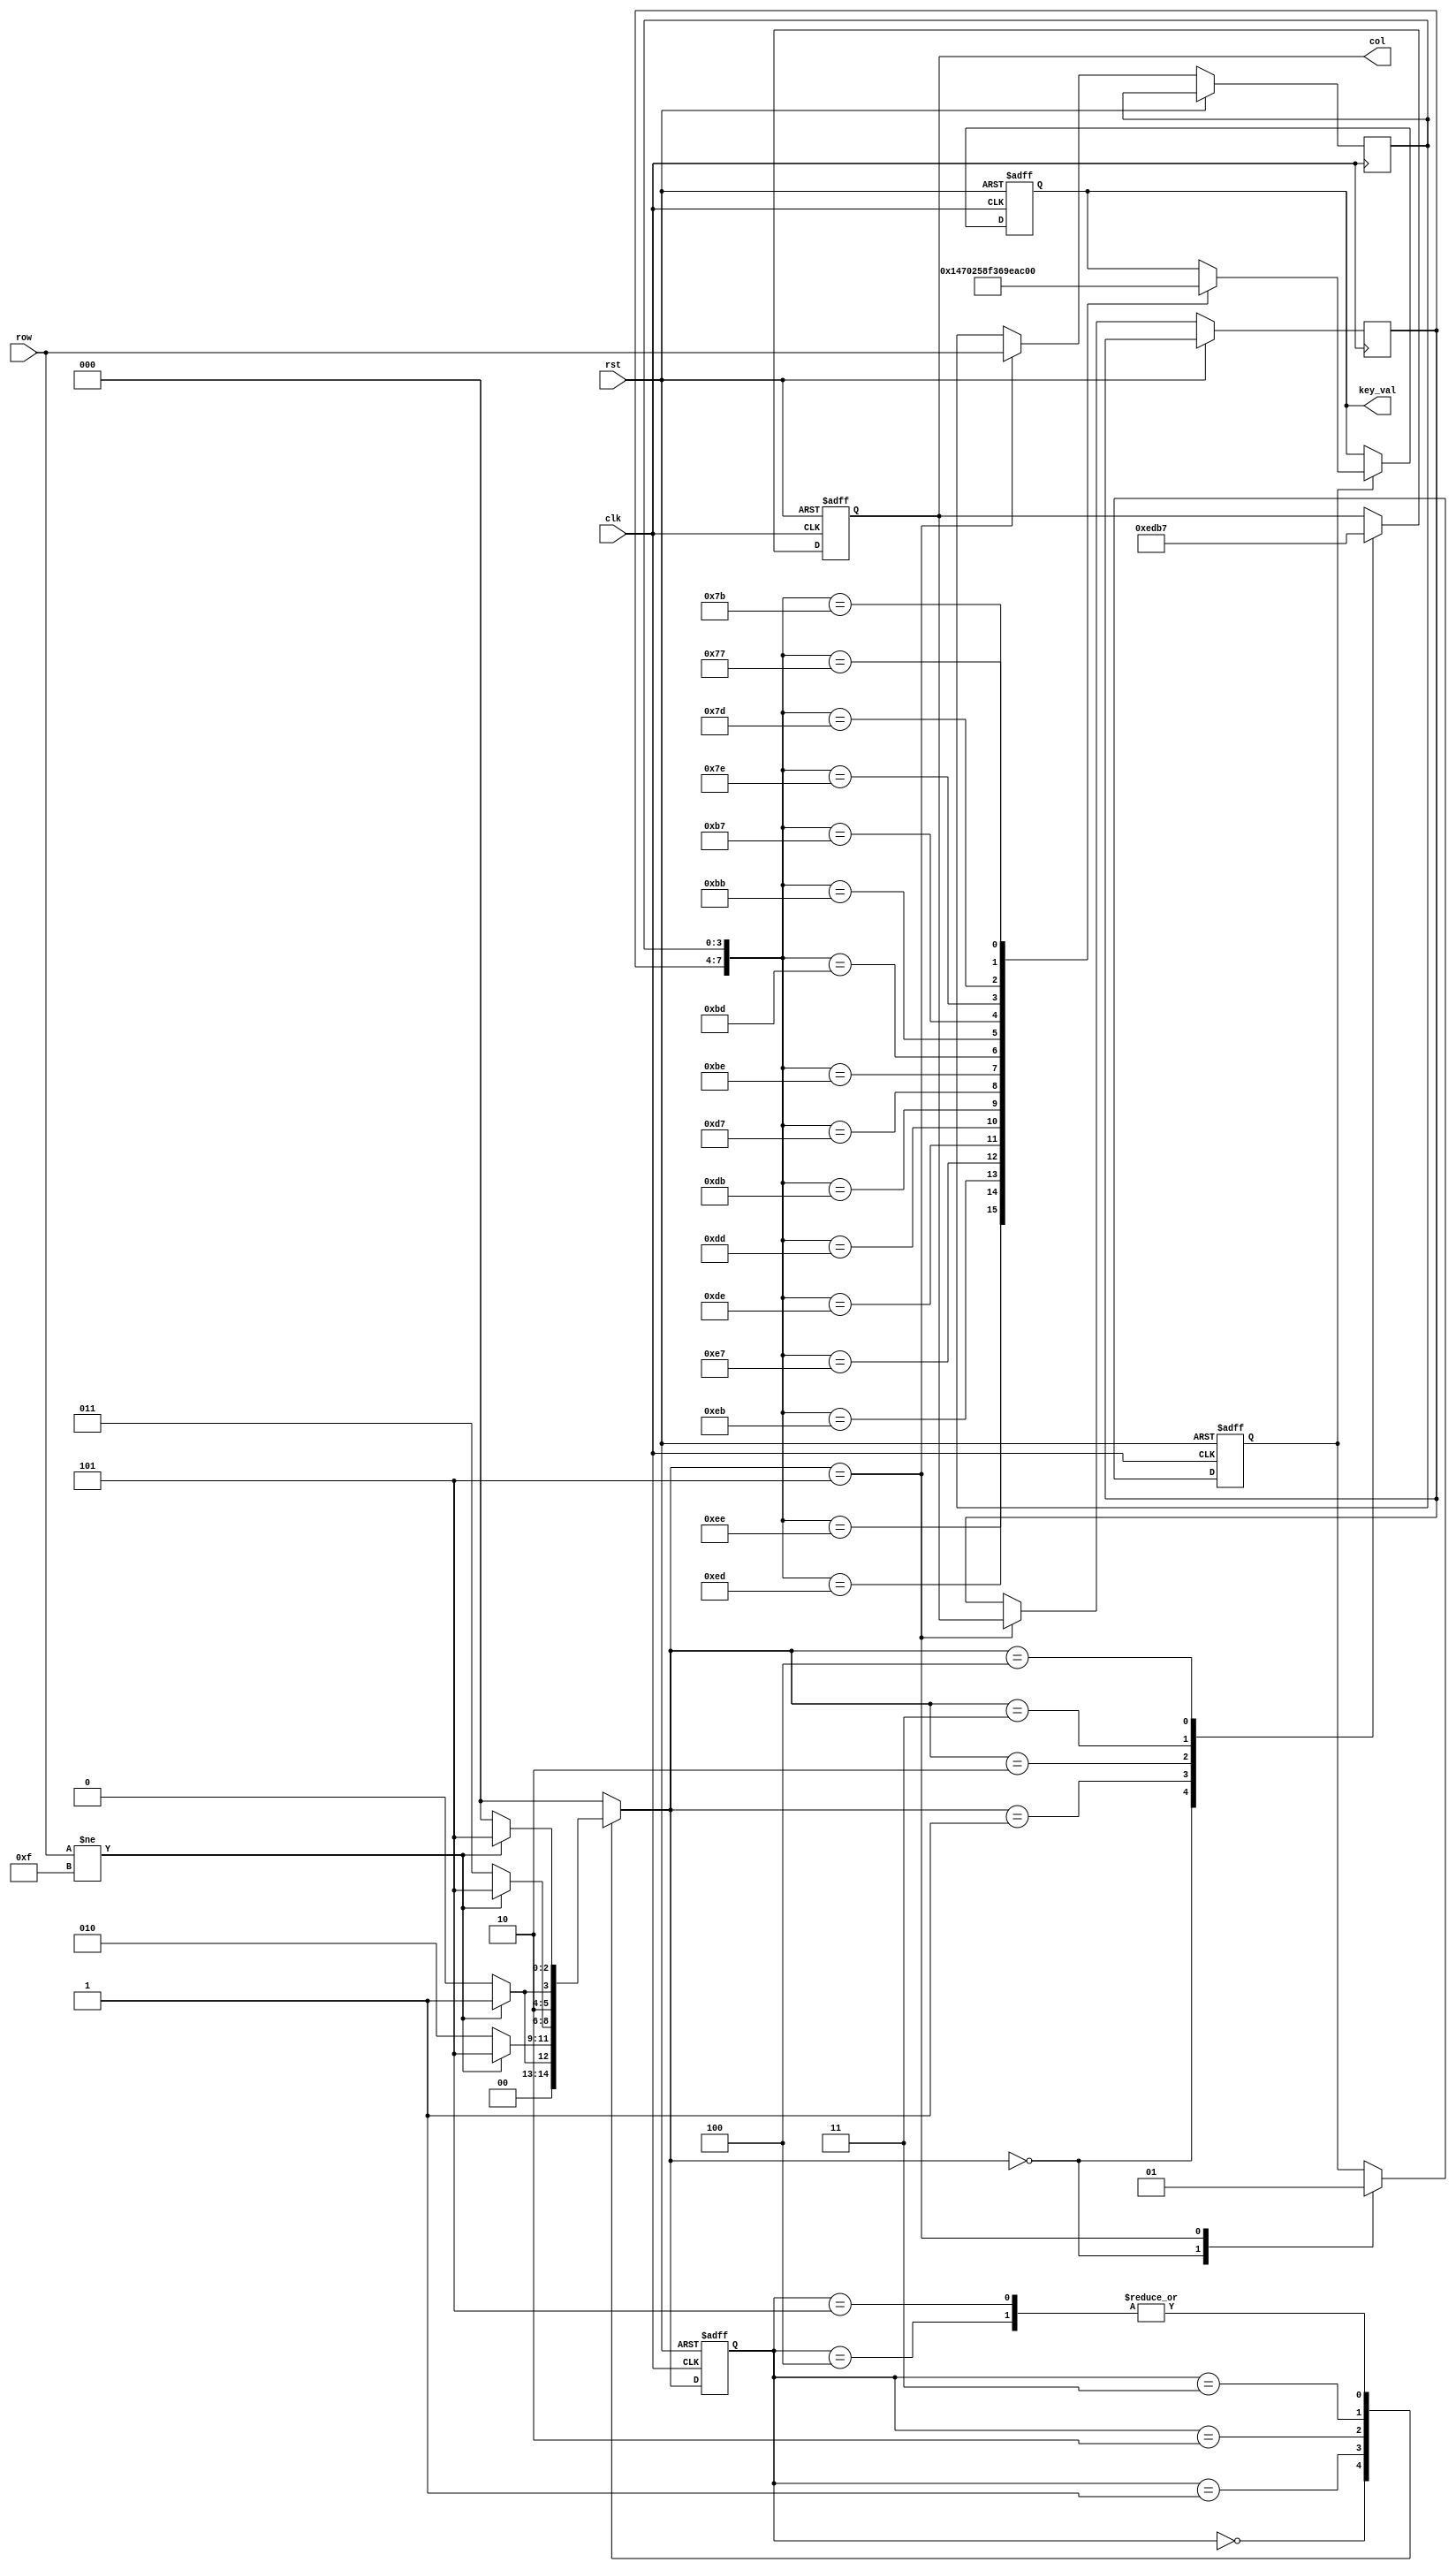
`timescale 1ns / 1ps
//////////////////////////////////////////////////////////////////////////////////
// Company:
// Engineer:
//
// Design Name:
// Module Name:    keypad
// Project Name:
// Target Devices:
// Tool versions:
// Description:
//
// Dependencies:
//
// Revision:
// Revision 0.01 - File Created
// Additional Comments:
//
//////////////////////////////////////////////////////////////////////////////////
module keypad(input            clk,
              input            rst,
              input      [3:0] row,                 //  
              output reg [3:0] col,                 //  
              output reg [3:0] key_val         // 
             );

wire div_clk = clk;
//clock_div clk_d(.Reset(rst),
//                .Clock(clk),
//                .DividedClock(div_clk));

//++++++++++++++++++++++++++++++++++++++
//  
//++++++++++++++++++++++++++++++++++++++
// 
// parameter NO_KEY_PRESSED = 6'b000_001;  // 
// parameter SCAN_COL0      = 6'b000_010;  // 0
// parameter SCAN_COL1      = 6'b000_100;  // 1
// parameter SCAN_COL2      = 6'b001_000;  // 2
// parameter SCAN_COL3      = 6'b010_000;  // 3
// parameter KEY_PRESSED    = 6'b100_000;  // 

// reg [5:0] current_state, next_state;    // 

parameter NO_KEY_PRESSED = 3'b000;  // 
parameter SCAN_COL0      = 3'b001;  // 0
parameter SCAN_COL1      = 3'b010;  // 1
parameter SCAN_COL2      = 3'b011;  // 2
parameter SCAN_COL3      = 3'b100;  // 3
parameter KEY_PRESSED    = 3'b101;  // 

reg [2:0] current_state, next_state;    // 

always @ (posedge div_clk, posedge rst)
    if (rst)
        current_state <= NO_KEY_PRESSED;
    else
        current_state <= next_state;

// 
always @ (*) begin
    case (current_state)
        NO_KEY_PRESSED :                    // 
            if (row != 4'hF)
                next_state = SCAN_COL0;
            else
                next_state = NO_KEY_PRESSED;
        SCAN_COL0 :                         // 0
            if (row != 4'hF)
                next_state = KEY_PRESSED;
            else
                next_state = SCAN_COL1;
        SCAN_COL1 :                         // 1
            if (row != 4'hF)
                next_state = KEY_PRESSED;
            else
                next_state = SCAN_COL2;
        SCAN_COL2 :                         // 2
            if (row != 4'hF)
                next_state = KEY_PRESSED;
            else
                next_state = SCAN_COL3;
        SCAN_COL3 :                         // 3
            if (row != 4'hF)
                next_state = KEY_PRESSED;
            else
                next_state = NO_KEY_PRESSED;
        KEY_PRESSED :                       // 
            if (row != 4'hF)
                next_state = KEY_PRESSED;
            else
                next_state = NO_KEY_PRESSED;
        default:
            next_state = NO_KEY_PRESSED;
    endcase
end


reg       key_pressed_flag;             // 
reg [3:0] col_val, row_val;             // 

// 
always @ (posedge div_clk, posedge rst)
    if (rst) begin
        col              <= 4'h0;
        key_pressed_flag <=    0;
    end
    else
    case (next_state)
        NO_KEY_PRESSED :                  // 
        begin
            col              <= 4'h0;
            key_pressed_flag <=    0;       // 
        end
        SCAN_COL0 :                       // 0
            col <= 4'b1110;
        SCAN_COL1 :                       // 1
            col <= 4'b1101;
        SCAN_COL2 :                       // 2
            col <= 4'b1011;
        SCAN_COL3 :                       // 3
            col <= 4'b0111;
        KEY_PRESSED :                     // 
        begin
            col_val          <= col;        // 
            row_val          <= row;        // 
            key_pressed_flag <= 1;          // 
        end
    endcase
//--------------------------------------
//  
//--------------------------------------


//++++++++++++++++++++++++++++++++++++++
//  
//++++++++++++++++++++++++++++++++++++++
always @ (posedge div_clk, posedge rst)
    if (rst)
        key_val <= 4'h0;
    else
        if (key_pressed_flag)
        case ({col_val, row_val})
            8'b1110_1110 :
                key_val <= 4'h1;
            8'b1110_1101 :
                key_val <= 4'h4;
            8'b1110_1011 :
                key_val <= 4'h7;
            8'b1110_0111 :
                key_val <= 4'h0;

            8'b1101_1110 :
                key_val <= 4'h2;
            8'b1101_1101 :
                key_val <= 4'h5;
            8'b1101_1011 :
                key_val <= 4'h8;
            8'b1101_0111 :
                key_val <= 4'hf;

            8'b1011_1110 :
                key_val <= 4'h3;
            8'b1011_1101 :
                key_val <= 4'h6;
            8'b1011_1011 :
                key_val <= 4'h9;
            8'b1011_0111 :
                key_val <= 4'he;

            8'b0111_1110 :
                key_val <= 4'ha;
            8'b0111_1101 :
                key_val <= 4'hb;
            8'b0111_1011 :
                key_val <= 4'hc;
            8'b0111_0111 :
                key_val <= 4'hd;
        endcase
//--------------------------------------
//   
//--------------------------------------

endmodule